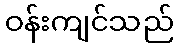
ဝန်းကျင်သည်